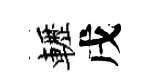
轣戌